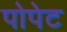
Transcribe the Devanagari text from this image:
पोपेट